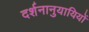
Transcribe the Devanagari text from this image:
दर्शनानुयायियों